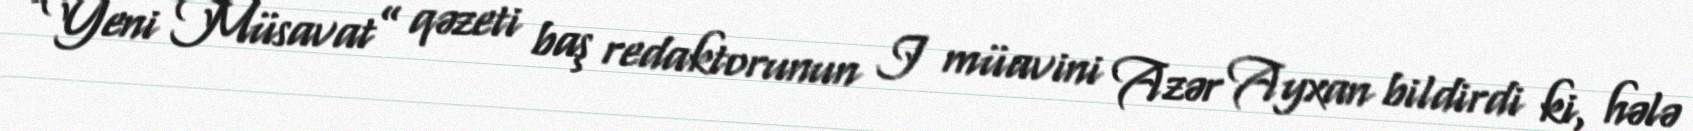
“Yeni Müsavat” qəzeti baş redaktorunun I müavini Azər Ayxan bildirdi ki, hələ